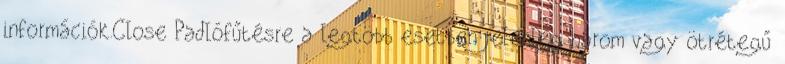
információk.Close Padlófűtésre a legtöbb esetben jelenleg három vagy ötrétegű